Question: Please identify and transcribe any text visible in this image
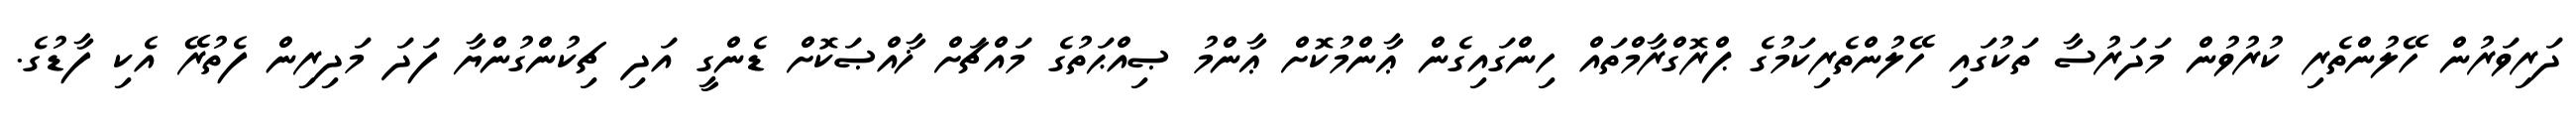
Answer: ދަރިވަރުން ހޭލުންތެރި ކުރުވުން މަދަރުސާ ތަކުގައި ހޭލުންތެރިކަމުގެ ޕްރޮގްރާމްތައް ހިންގައިގެން ޢާންމުކޮށް ޢާންމު ޞިއްޙަތުގެ މައްޗަށް ޚާއްޞަކޮށް ޑެންގީ އަދި ޗިކުންގުންޔާ ފަދަ މަދިރިން ފެތުރޭ އެކި ފާޑުގެ.